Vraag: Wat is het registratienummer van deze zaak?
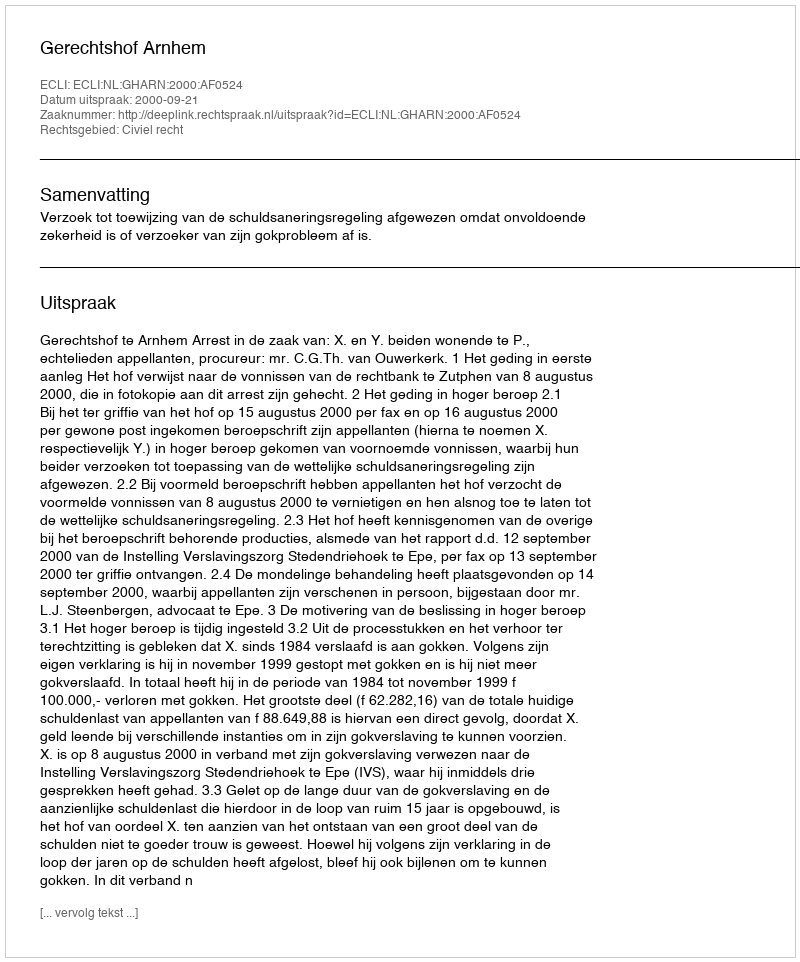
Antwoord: http://deeplink.rechtspraak.nl/uitspraak?id=ECLI:NL:GHARN:2000:AF0524